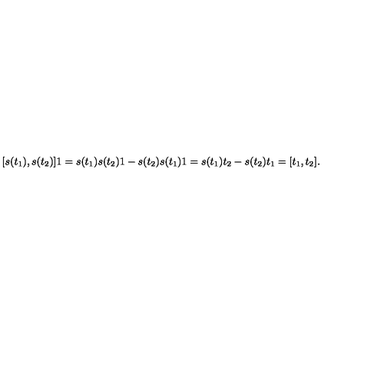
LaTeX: [ s ( t _ { 1 } ) , s ( t _ { 2 } ) ] 1 = s ( t _ { 1 } ) s ( t _ { 2 } ) 1 - s ( t _ { 2 } ) s ( t _ { 1 } ) 1 = s ( t _ { 1 } ) t _ { 2 } - s ( t _ { 2 } ) t _ { 1 } = [ t _ { 1 } , t _ { 2 } ] .